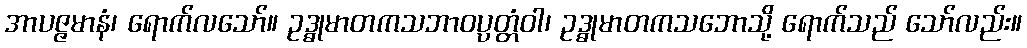
အာပဇ္ဇမာနံ၊ ရောက်လသော်။ ဥဒ္ဓုမာတကသဘာဝပ္ပတ္တံဝါ၊ ဥဒ္ဓုမာတကသဘောသို့ ရောက်သည် သော်လည်း။